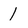
Character: 1